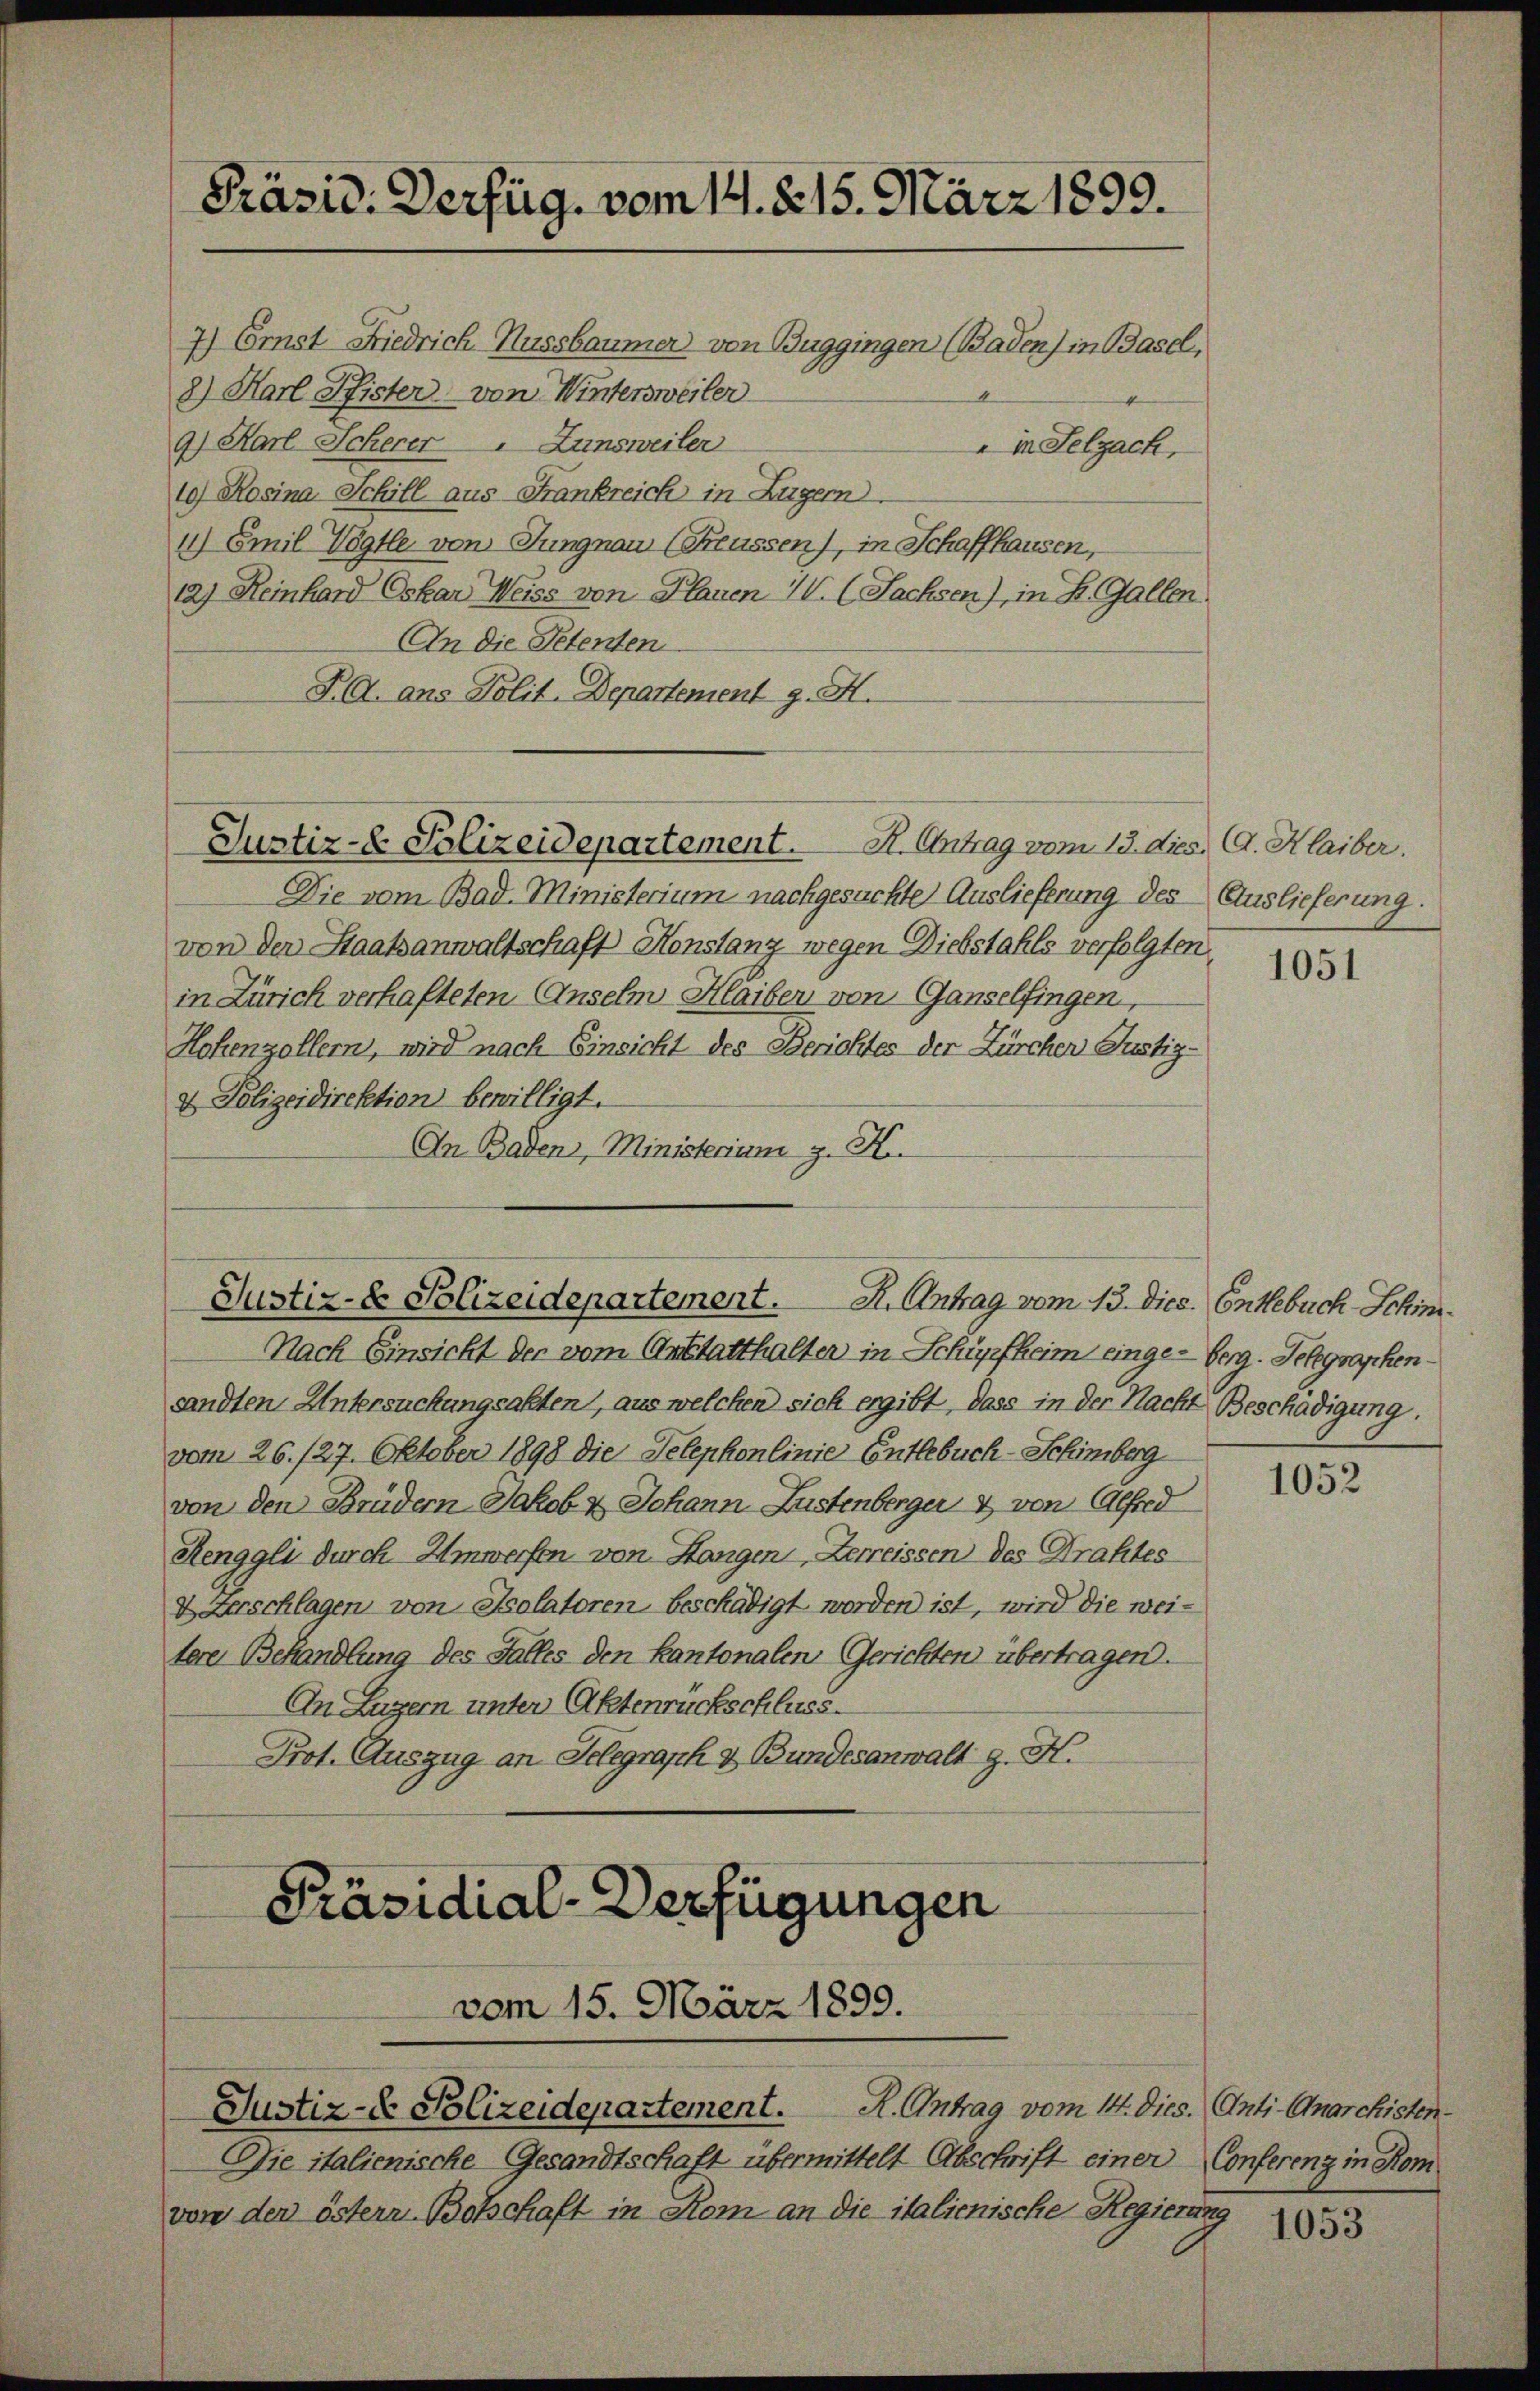
Präsid. Verfüg, vom 14. 215. März 1899.
7) Erst Friedrich-Nussbaumer von Buggingen (Baden) in Basel,
8) Harl Pfister von Wintersweiler
9) Karl Scherer Zunsweiler
" in Selzach,

10) Rosina Schill aus Frankreich in Zugern
4) Emil Vogtle von Jungnau (Seussen), in Schaffhausen,
a) Heinhard Oskar Weiss von Planen I. (Sachsen), in K. Gallen
An die Petenten.
PA. ans Polit. Departement J. H.

sandten Untersuchungsakten, aus welchen sich ergibt, dass in der Nacht Beschädigung.
vom 26. 127. Oktober 1898 die Telephonlinie Entlebuch-Schimberg
von den Brüdern Jakob & Johann Lustenberger & von Alfred
Henggli durch Umwerfen von Hangen, Zerreissen des Grahtes
Verschlagen von Isolatoren, beschädigt worden ist, wird die weitere Behandlung des Falles den Kantonalen Gerichten übertragen.
An Luzern unter Aktenrückschluss.
Prot. Auszug an Selegraph & Bundesanwalt z. H.

Die vom Bad. Ministerium nachgesuchte Auslieferung des Auslieferung.
von der Staatsanwaltschaft Konstanz wegen Diebstahls verfolgten
in Zürich verhafteten Anselm Haiber von Ganzelfingen,
Hohenzollern, wird nach Einsicht des Berichtes der Zürcher Justiz-
& Polizeidirektion bewilligt.
An Baden, Ministerium z. K.

Justiz- & Polizeidepartement. K. Antrag vom 13. dies C. Klaiber.

Justiz- & Polizeidepartement. H. Antrag vom 13. Dies Entlebuch-Schim¬
Nach Einsicht der vom Anstatthalter in Schüpfheim einge-Berg. Telegraphen¬

Präsidial-Verfügungen
vom 15. März 1899.
Justiz- & Polizeidepartement. R. Antrag vom 14. Dies. Anti-Anarchisten¬

Die italienische Gesandtschaft übermittelt Abschrift einer Conferenz in Kom
vor den östern Botschaft in Kom an die italienische Regiern.

1051

1052

s
1053